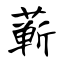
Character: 蕲